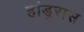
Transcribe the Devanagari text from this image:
हांडुरास